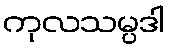
ကုလသမ္ပဒါ